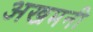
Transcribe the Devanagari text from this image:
अखमनी